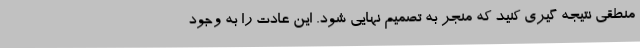
منطقی نتیجه گیری کنید که منجر به تصمیم نهایی شود. این عادت را به وجود